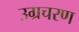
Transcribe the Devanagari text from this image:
उग्रचरण